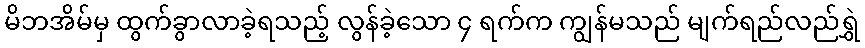
မိဘအိမ်မှ ထွက်ခွာလာခဲ့ရသည့် လွန်ခဲ့သော ၄ ရက်က ကျွန်မသည် မျက်ရည်လည်ရွှဲ